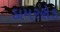
ડામરરોડ